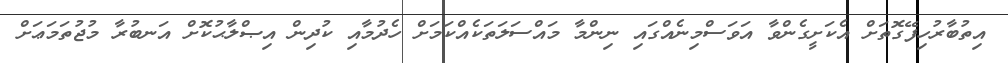
އިތުބާރުހިފޭގޮތަށް އެކަށީގެންވާ އަވަސްމިނެއްގައި ނިންމާ މައްސަލަތަކެއްކަމަށް ހެދުމާއި ކުދިން އިޞްލާޙުކޮށް އަނބުރާ މުޖުތަމަޢަށް